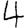
Digit: 4